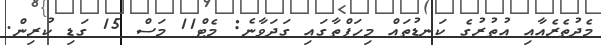
މެދުތެރެއާއި އުތުރުގެ ކަނޑުތައް މިހަފްތާގައި ގަދަވާނެ: މެޓް11 މަސް 15 ގަޑި ކުރިން.